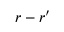
\boldsymbol { r } - \boldsymbol { r } ^ { \prime }